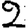
Digit: 2